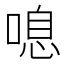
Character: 𠺒